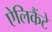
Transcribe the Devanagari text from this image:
ऐलिकैंटे